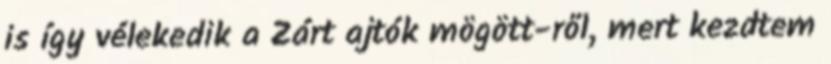
is így vélekedik a Zárt ajtók mögött-ről, mert kezdtem